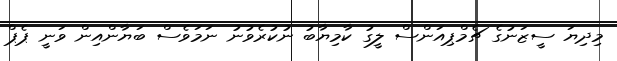
މިދިޔަ ސީޒަނުގެ ޗެމްޕިއަންސް ލީގު ކާމިޔާބު ނުކުރެވުނު ނަމަވެސް ބަޔާންއިން ވަނީ ޕެޕް